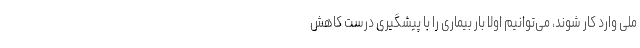
ملی وارد کار شوند، می‌توانیم اولا بار بیماری را با پیشگیری درست کاهش